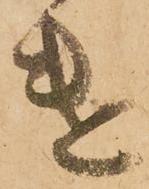
遣